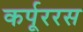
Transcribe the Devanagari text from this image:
कर्पूररस